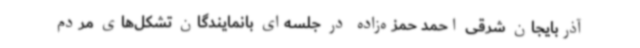
آذربایجان شرقی احمد حمزه‌زاده در جلسه‌ای بانمایندگان تشکل‌های مردم